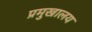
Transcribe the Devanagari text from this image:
प्रमुखालय